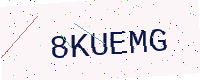
Text: 8KUEMG